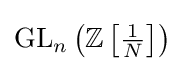
\mathrm {GL} _{n}\left(\mathbb {Z} \left[{\tfrac {1}{N}}\right]\right)